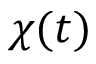
\chi ( t )